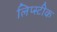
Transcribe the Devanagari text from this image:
लिप्स्टीक